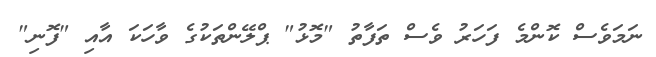
ނަމަވެސް ކޮންމެ ފަހަރު ވެސް ތަފާތު "މޮޅު" ޕްލޭންތަކުގެ ވާހަކަ އާއި "ފޮނި"